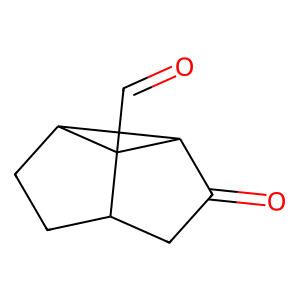
SMILES: O=CC12C3CCC1C2C(=O)C3
Inhibits HIV replication: No